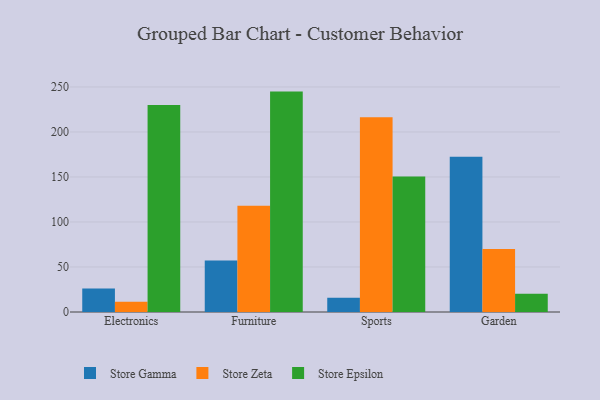
{"axis": {"x": "Category", "y": "LTV (USD)"}, "legend": ["Store Epsilon", "Store Gamma", "Store Zeta"], "data": [{"x": "Electronics", "y": 26.0, "type": "Store Gamma"}, {"x": "Electronics", "y": 11.5, "type": "Store Zeta"}, {"x": "Electronics", "y": 229.9, "type": "Store Epsilon"}, {"x": "Furniture", "y": 57.2, "type": "Store Gamma"}, {"x": "Furniture", "y": 118.0, "type": "Store Zeta"}, {"x": "Furniture", "y": 244.9, "type": "Store Epsilon"}, {"x": "Sports", "y": 15.7, "type": "Store Gamma"}, {"x": "Sports", "y": 216.3, "type": "Store Zeta"}, {"x": "Sports", "y": 150.5, "type": "Store Epsilon"}, {"x": "Garden", "y": 172.6, "type": "Store Gamma"}, {"x": "Garden", "y": 69.9, "type": "Store Zeta"}, {"x": "Garden", "y": 20.2, "type": "Store Epsilon"}]}